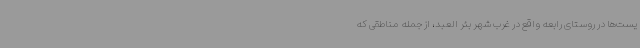
یست‌ها در روستای رابعه واقع در غرب شهر بئر العبد، از جمله مناطقی که